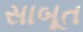
સાબૂત